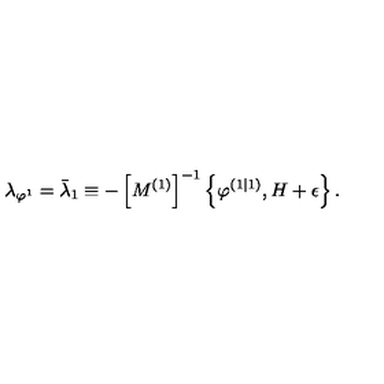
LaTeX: \lambda _ { \varphi ^ { 1 } } = \bar { \lambda } _ { 1 } \equiv - \left[ M ^ { \left( 1 \right) } \right] ^ { - 1 } \left\{ \varphi ^ { \left( 1 | 1 \right) } , H + \epsilon \right\} .